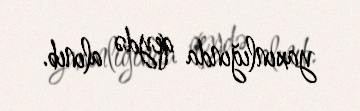
yaxınlığında qeydə alınıb.